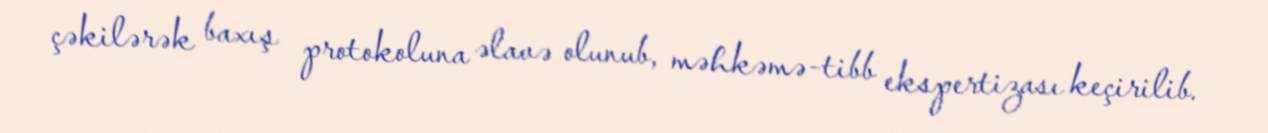
çəkilərək baxış protokoluna əlavə olunub, məhkəmə-tibb ekspertizası keçirilib.